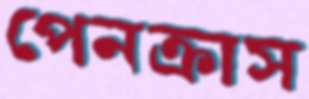
পেনক্রাস